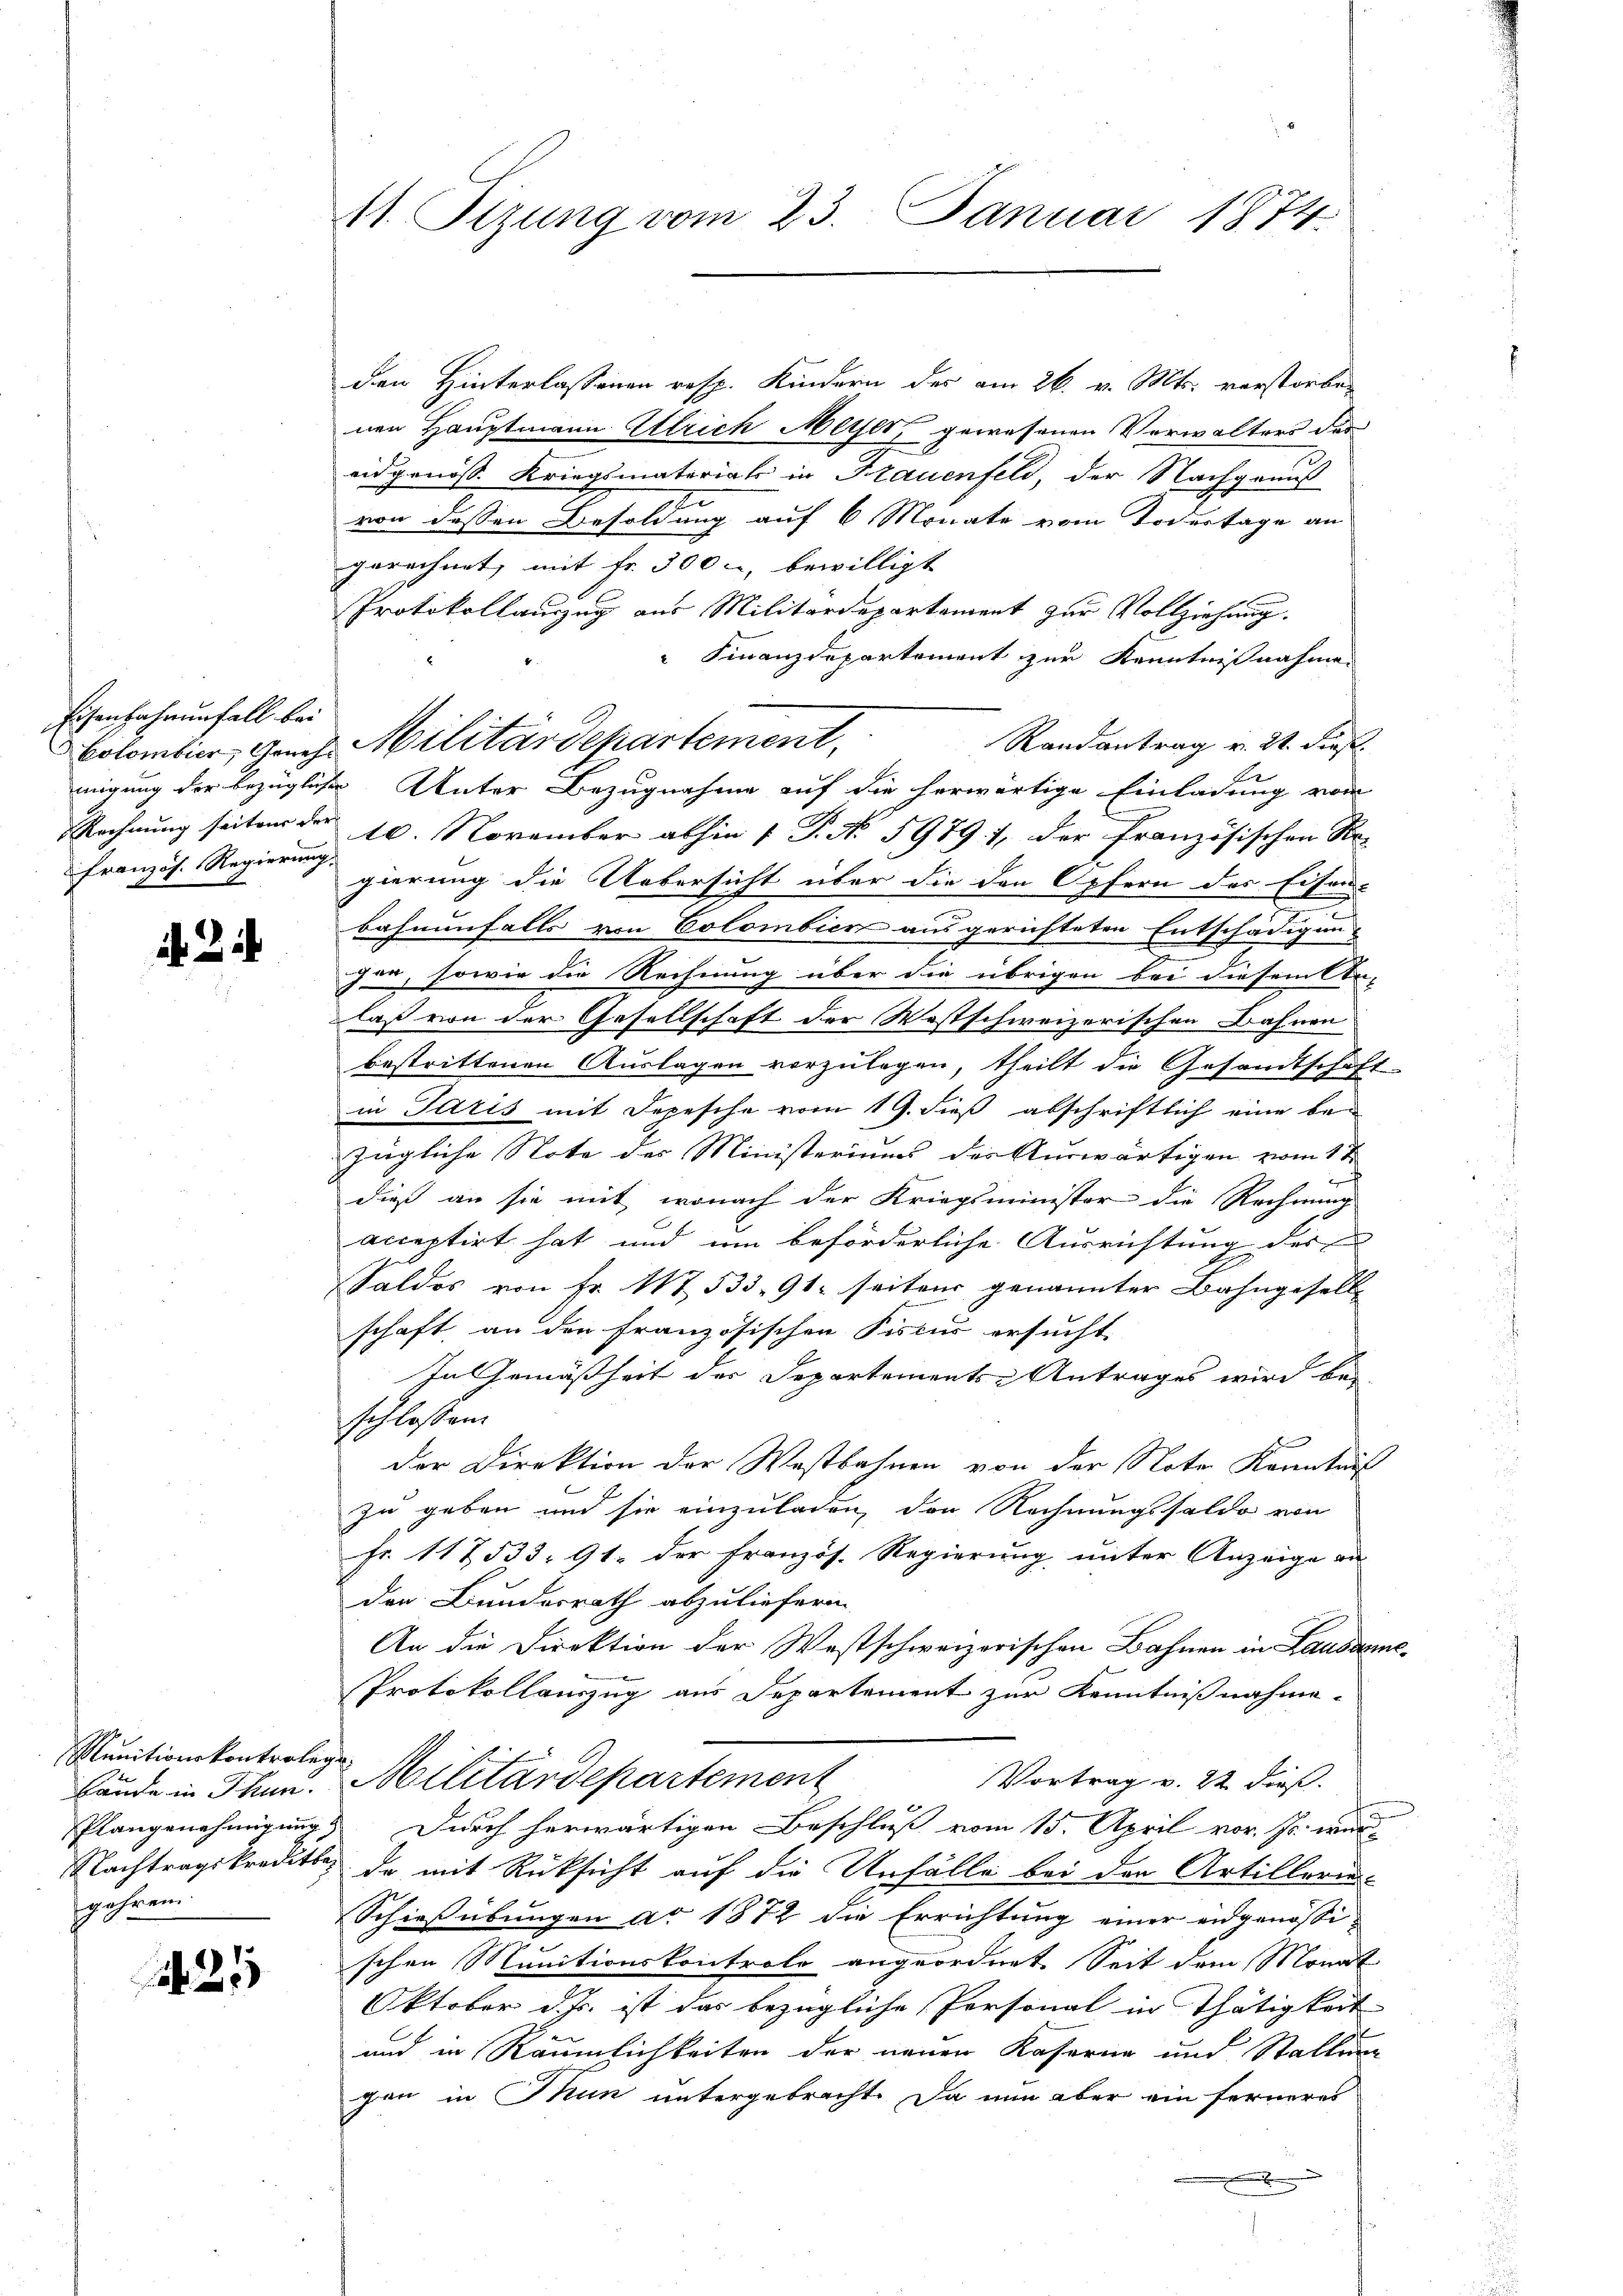
Eisenbahrunfall bei
Französ. Regierung

2

den Hinterlassenen resp. Kindern der am 26. v. Mts. verstorben
nen Hauptmann Ulrich Meyer, gewesenen Verwalters des
eidgenöss. Kriegsmaterials in Frauenfeld, der Nachgenuß
s
von dessen Besoldung auf 6 Monate vom Todestage an
gerechnet, mit Fr. 300, bewilligt
Protokollauszug aus Militärdepartement zur Vollziehung.
" Finanzdepartement zur Kenntnißnahmen
Randantrag v. 21. dieß.
migung der bezüglichen Unter Bezugnahme auf die herwärtige Einladung von
Rechnung seiten der 10. November abhin 1 S. No 5979 1, der französischen Ar-
gierung die Uebersicht über die den Opfern des Eisen-
bahnenfalls von Colombien ausgerichteten Entschädigung
gen, sowie die Rechnung über die übrigen bei diesem An-
laß von der Gesellschaft der Westschweizerischen Bahnen
bestrittenen Auslagen vorzŭlagen, theilt die Gesandtschaft-
in Paris mit Depesche vom 19. dieß abschriftlich eine bezügliche Note des Ministeriums der Auswärtigen vom 1 ten
t
dieß an sie mit, wonach der Kriegsminister die Rechnung
acceptirt hat und um beförderliche Ausrichtung des
Saldos von Fr. 1753391 seiten genannter Bahngesell-
schaft, an den französischen Fiscus ersucht.
In Gemäßheit der Departements-Antrages wird bei
schlossen.
der Direktion der Westbahnen von der Note Kenntniß
zu geben und sie einzuladen, den Rechnungssaldo von
Fr. 117533: 91. der Französ. Regierung unter Anzeige au
der Bundesrath abzuliefern.
An die Direktion der Westschweizerischen Bahnen in Lausdemo-
Protokollauszug aus Departement zur Kenntnißnahme
Vortrag v. 22 dieß.
bände in Thun. Militärdepartement
Plangenehmigung. Durch herwärtigen Beschluß vom 15. April vor. Er wir
Nachtragskredits de mit Rücksicht auf die Unfälle bei der Artillerien
Schießübungen ad 1872 die Errichtung einer eidgenössischen Munitionskontrole angeordnet. Seit dem Monat
Oktober d. Js. ist das bezügliche Personal in Thätigkeit
und in Räumlichkeiten der neuen Kaserne und Stallung
gen in Thun untergebracht. Da nun aber ein ferneres

Munitionskontrolegi
jahren.

21

11. Sizung vom 23. Januar 1874.

Colombier, Genes Militärdepartement